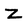
Character: Z